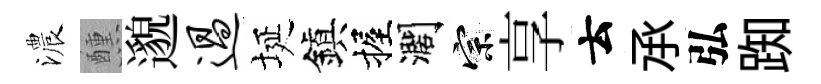
濃醺邈过埏鎭握濶宗享云𠄘弘踟